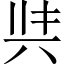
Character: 𭁈